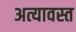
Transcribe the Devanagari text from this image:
अत्यावस्त